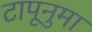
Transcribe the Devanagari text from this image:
टापूनुमा